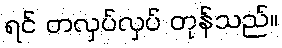
ရင် တလှပ်လှပ် တုန်သည်။